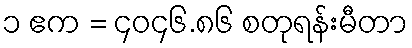
၁ ဧက = ၄၀၄၆.၈၆ စတုရန်းမီတာ